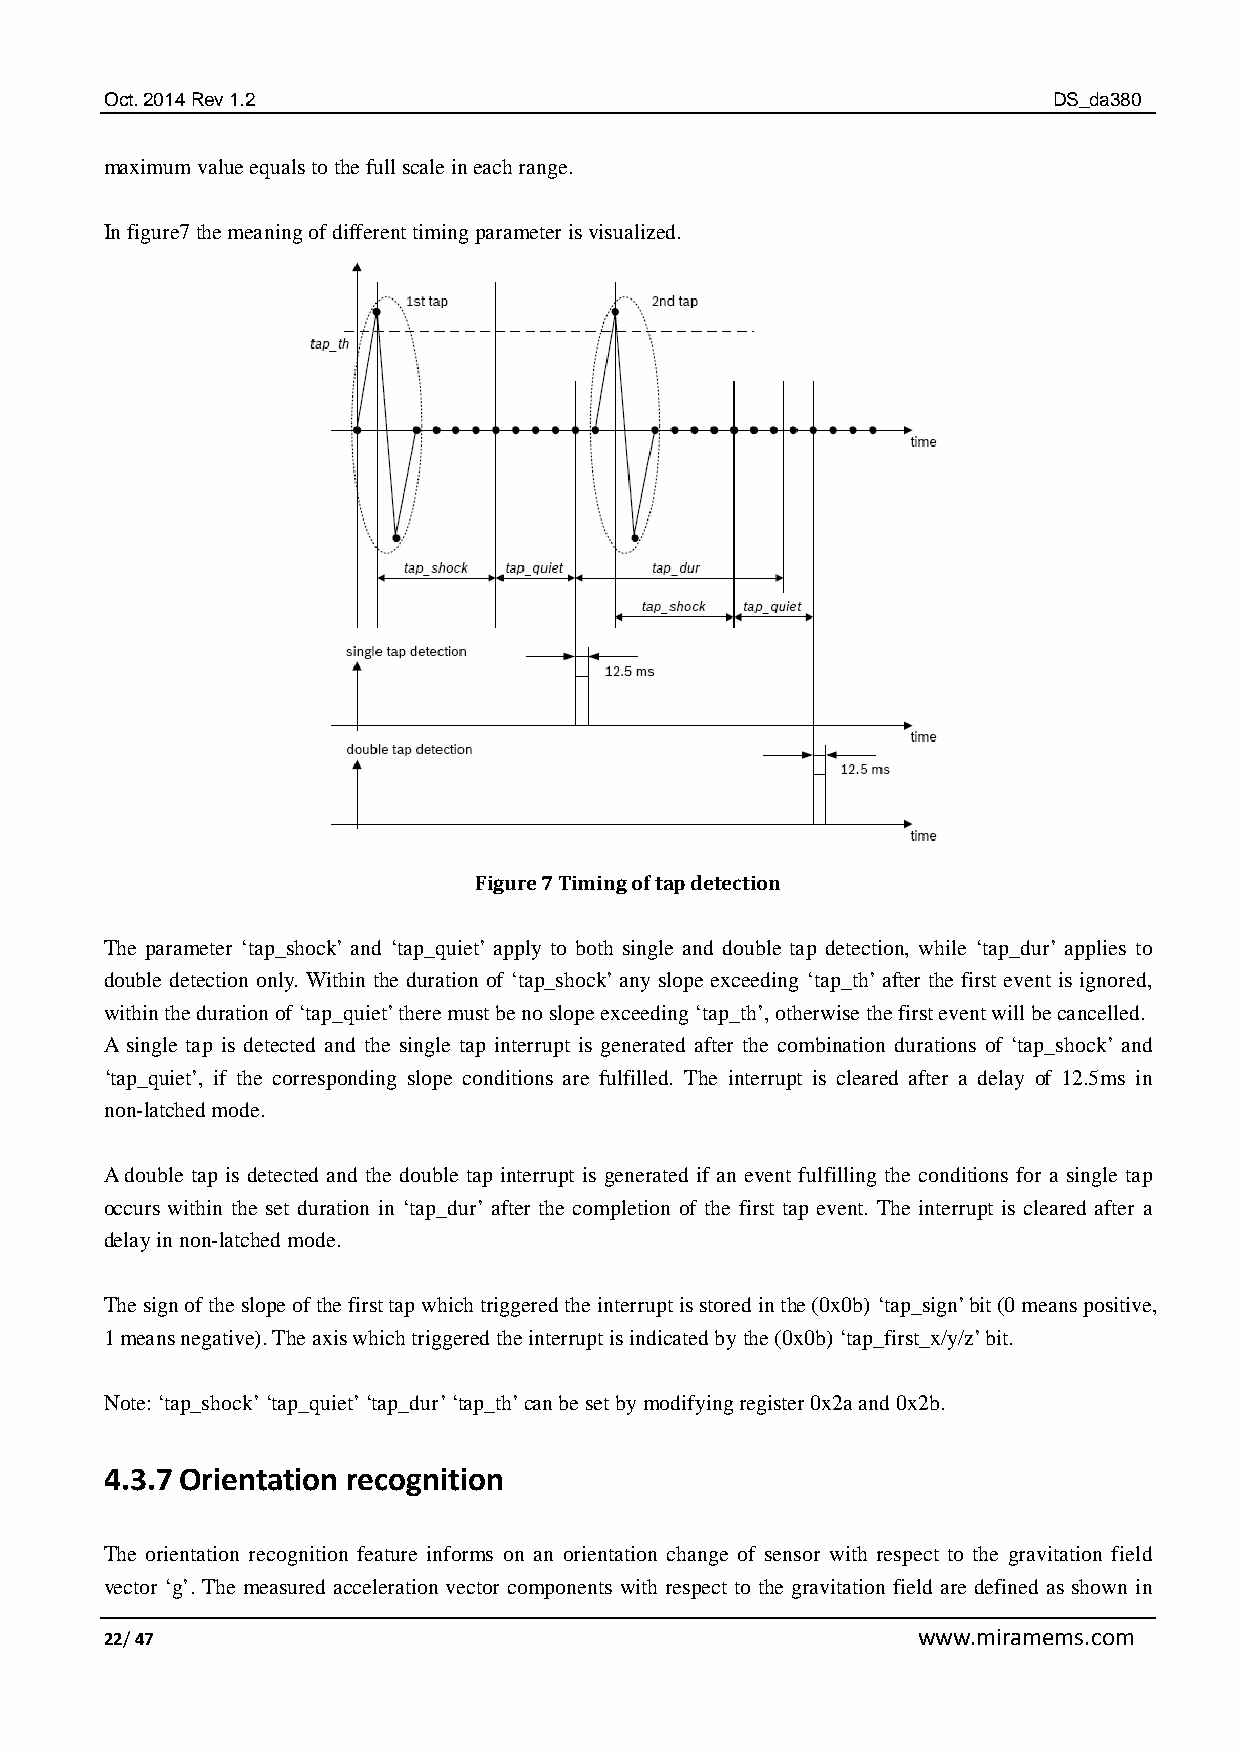
Oct. 2014 Rev 1.2                                              DS_da380
 maximum value equals to the full scale in each range.
 In figure7 the meaning of different timing parameter is visualized.
 Figure 7 Timing of tap detection
 The parameter ‘tap_shock’ and ‘tap_quiet’ apply to both single and double tap detection, while ‘tap_dur’ applies to
 double detection only. Within the duration of ‘tap_shock’ any slope exceeding ‘tap_th’ after the first event is ignored,
 within the duration of ‘tap_quiet’ there must be no slope exceeding ‘tap_th’, otherwise the first event will be cancelled.
 A single tap is detected and the single tap interrupt is generated after the combination durations of ‘tap_shock’ and
 ‘tap_quiet’, if the corresponding slope conditions are fulfilled. The interrupt is cleared after a delay of 12.5ms in
 non-latched mode.
 A double tap is detected and the double tap interrupt is generated if an event fulfilling the conditions for a single tap
 occurs within the set duration in ‘tap_dur’ after the completion of the first tap event. The interrupt is cleared after a
 delay in non-latched mode.
 The sign of the slope of the first tap which triggered the interrupt is stored in the (0x0b) ‘tap_sign’ bit (0 means positive,
 1 means negative). The axis which triggered the interrupt is indicated by the (0x0b) ‘tap_first_x/y/z’ bit.
 Note: ‘tap_shock’ ‘tap_quiet’ ‘tap_dur’ ‘tap_th’ can be set by modifying register 0x2a and 0x2b.
 4.3.7 Orientation recognition
 The orientation recognition feature informs on an orientation change of sensor with respect to the gravitation field
 vector ‘g’. The measured acceleration vector components with respect to the gravitation field are defined as shown in
 22/ 47                                                www.miramems.com